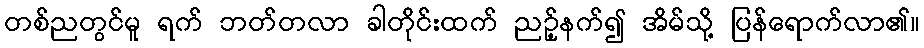
တစ်ညတွင်မူ ရက် ဘတ်တလာ ခါတိုင်းထက် ညဉ့်နက်၍ အိမ်သို့ ပြန်ရောက်လာ၏။